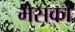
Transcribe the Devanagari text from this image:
मेसको